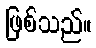
ဖြစ်သည်။